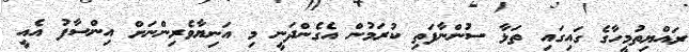
ރައްޔިތުމީހާގެ ގައިގައި ތަޅާ ސުންނާފަތި ކުރަމުން އެގެންދަނީ މި އަނިޔާވެރިންނަށް އިންސާފު އެއީ